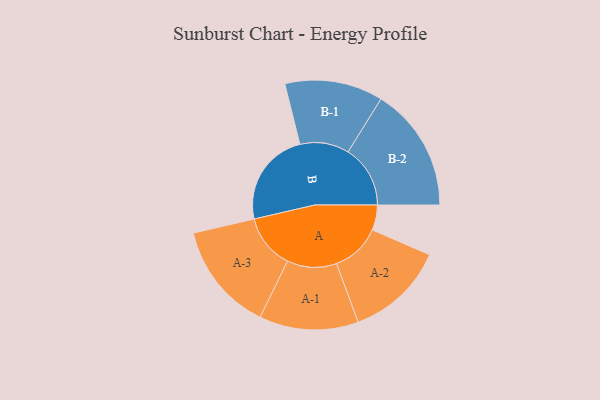
{"axis": {"x": "Segment", "y": "Value"}, "legend": ["", "A", "B"], "data": [{"x": "A", "y": 111, "type": ""}, {"x": "B", "y": 421, "type": ""}, {"x": "A-1", "y": 219, "type": "A"}, {"x": "A-2", "y": 219, "type": "A"}, {"x": "A-3", "y": 241, "type": "A"}, {"x": "B-1", "y": 217, "type": "B"}, {"x": "B-2", "y": 275, "type": "B"}]}